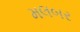
મલબર